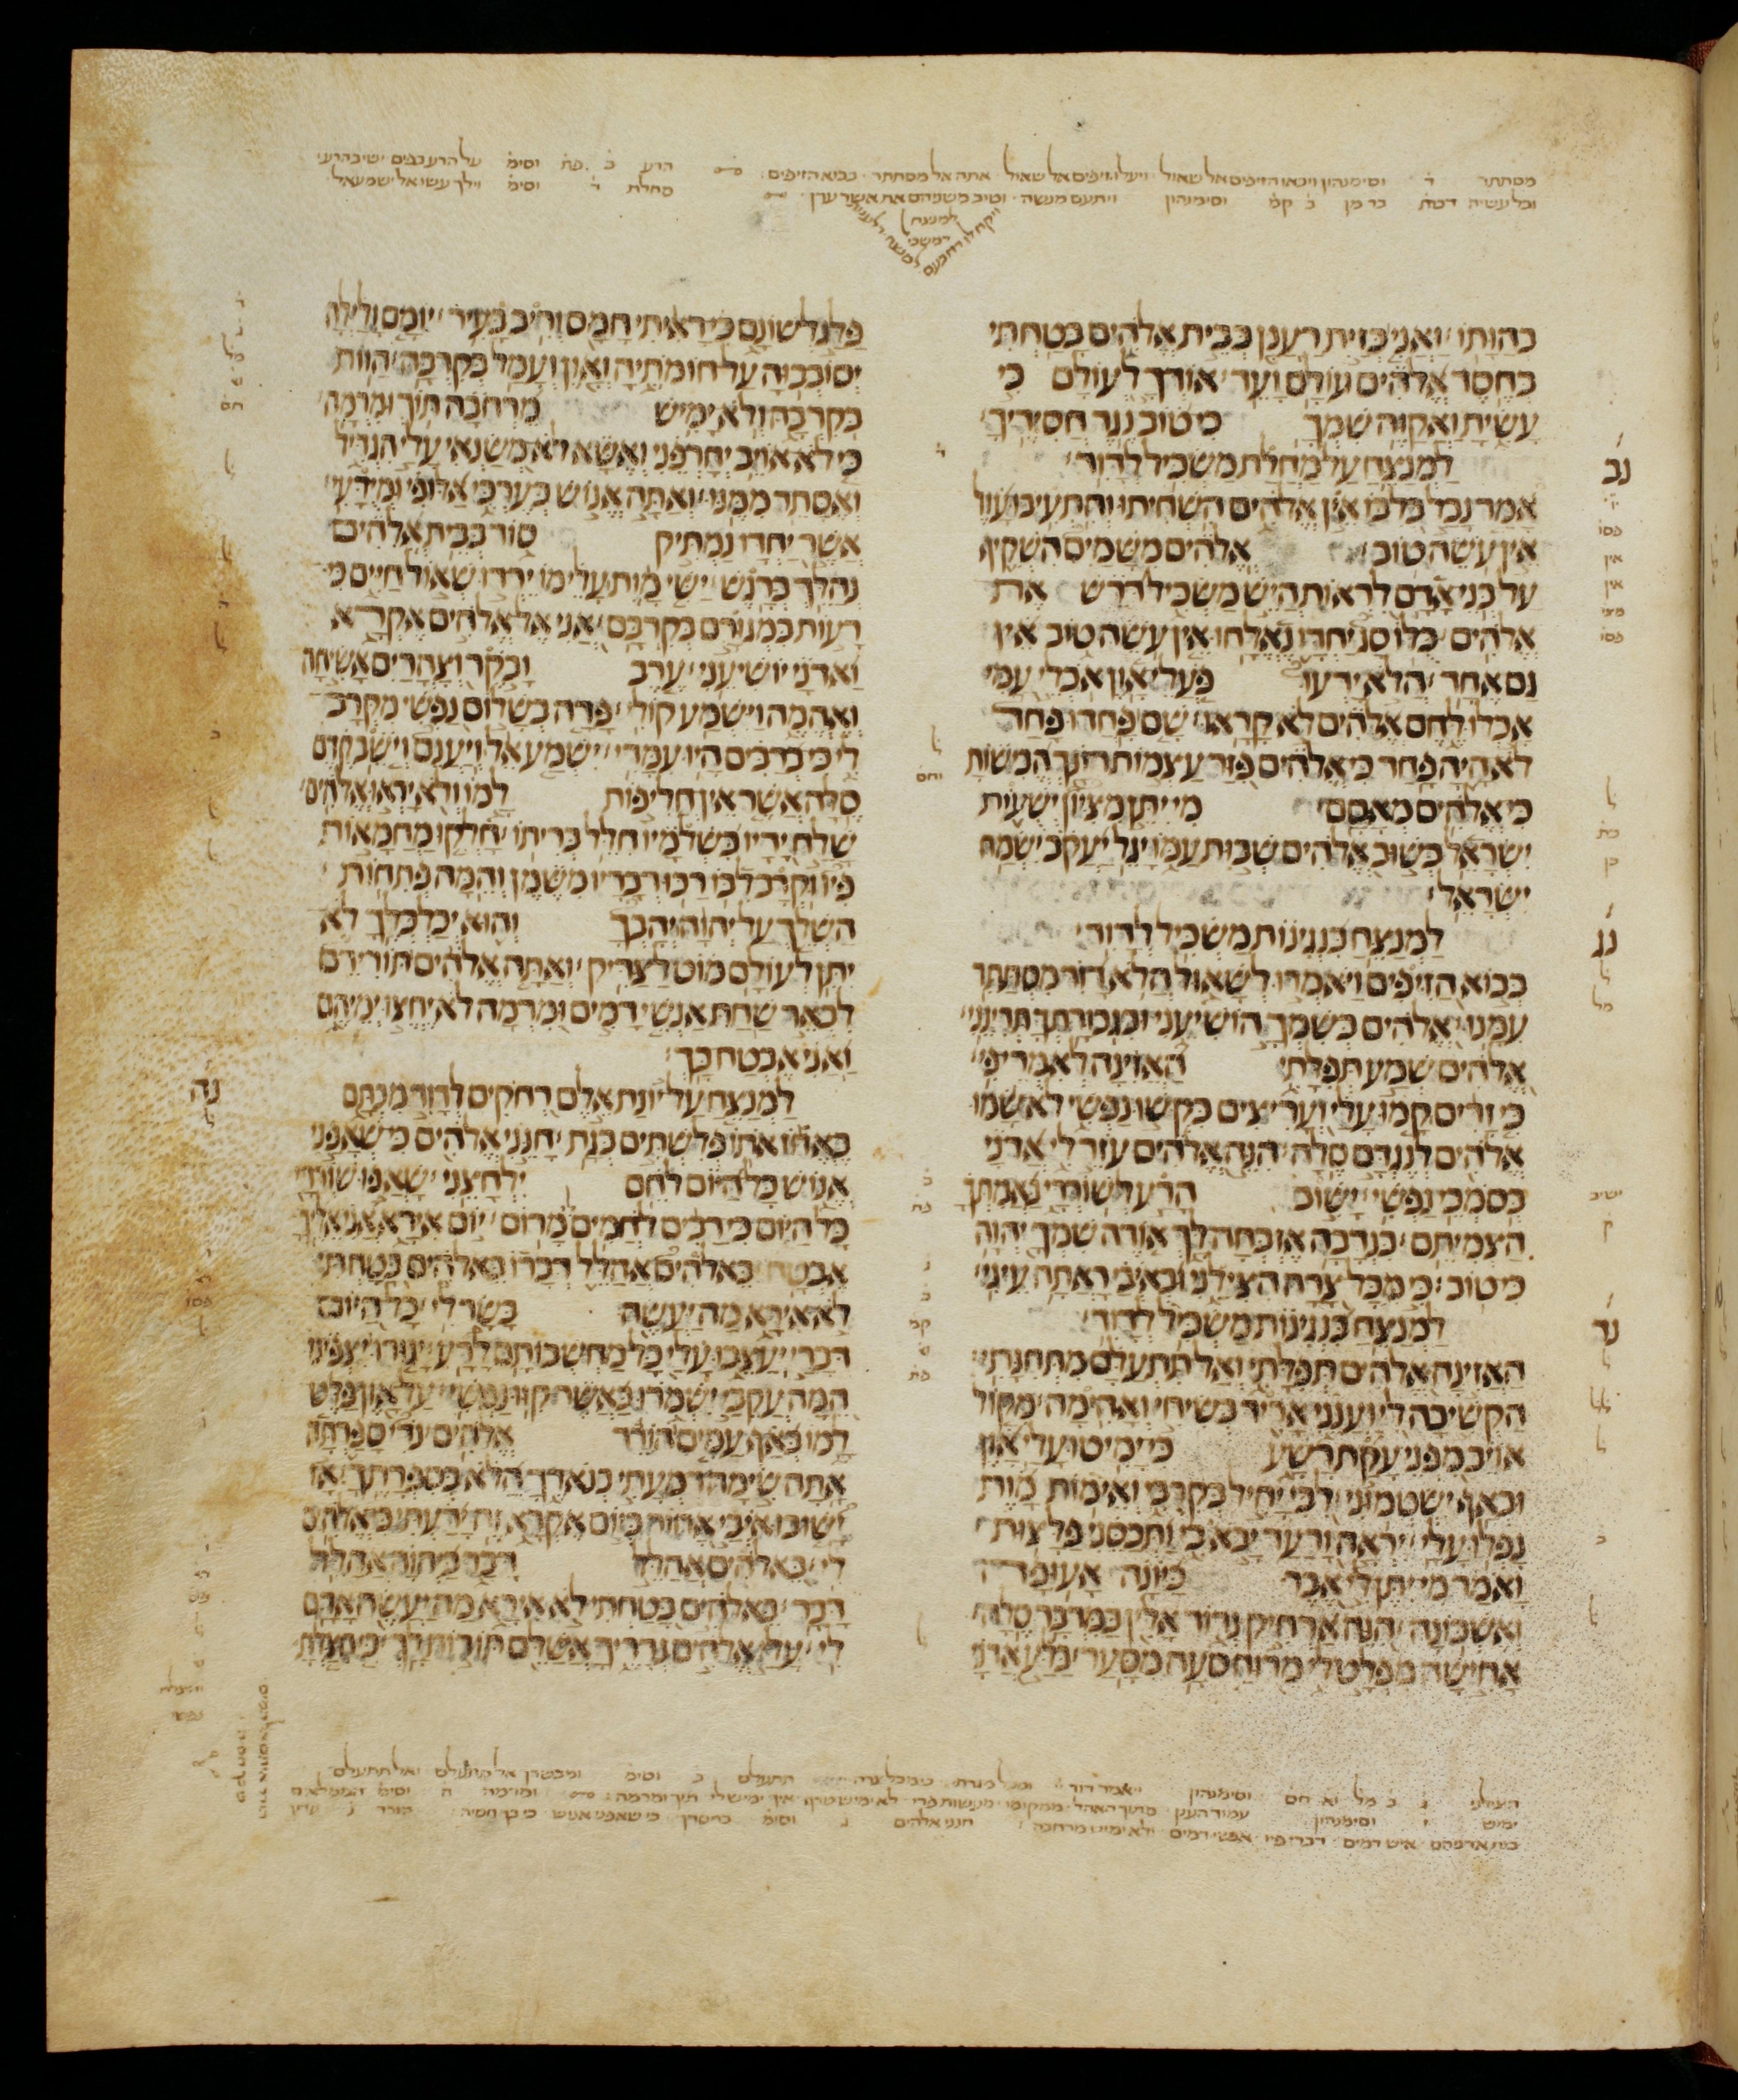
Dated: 1200–1299